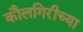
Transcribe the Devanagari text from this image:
कौलगिरीच्या